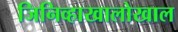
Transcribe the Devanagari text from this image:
जिनिव्हाखालोखाल